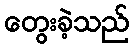
တွေးခဲ့သည်